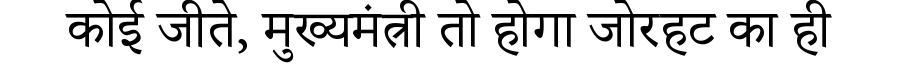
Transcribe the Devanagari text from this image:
कोई जीते, मुख्यमंत्री तो होगा जोरहट का ही